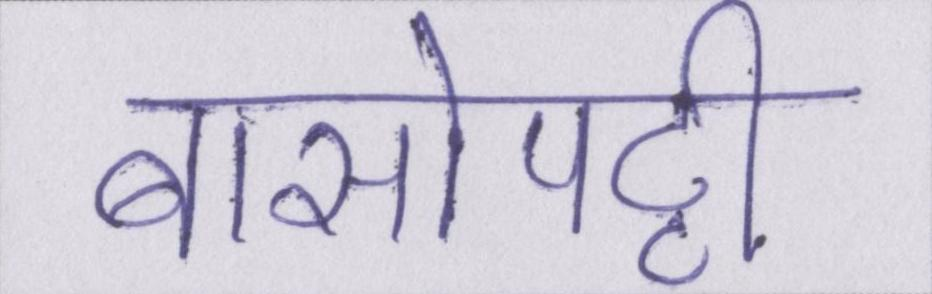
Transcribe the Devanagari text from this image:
बासोपट्टी